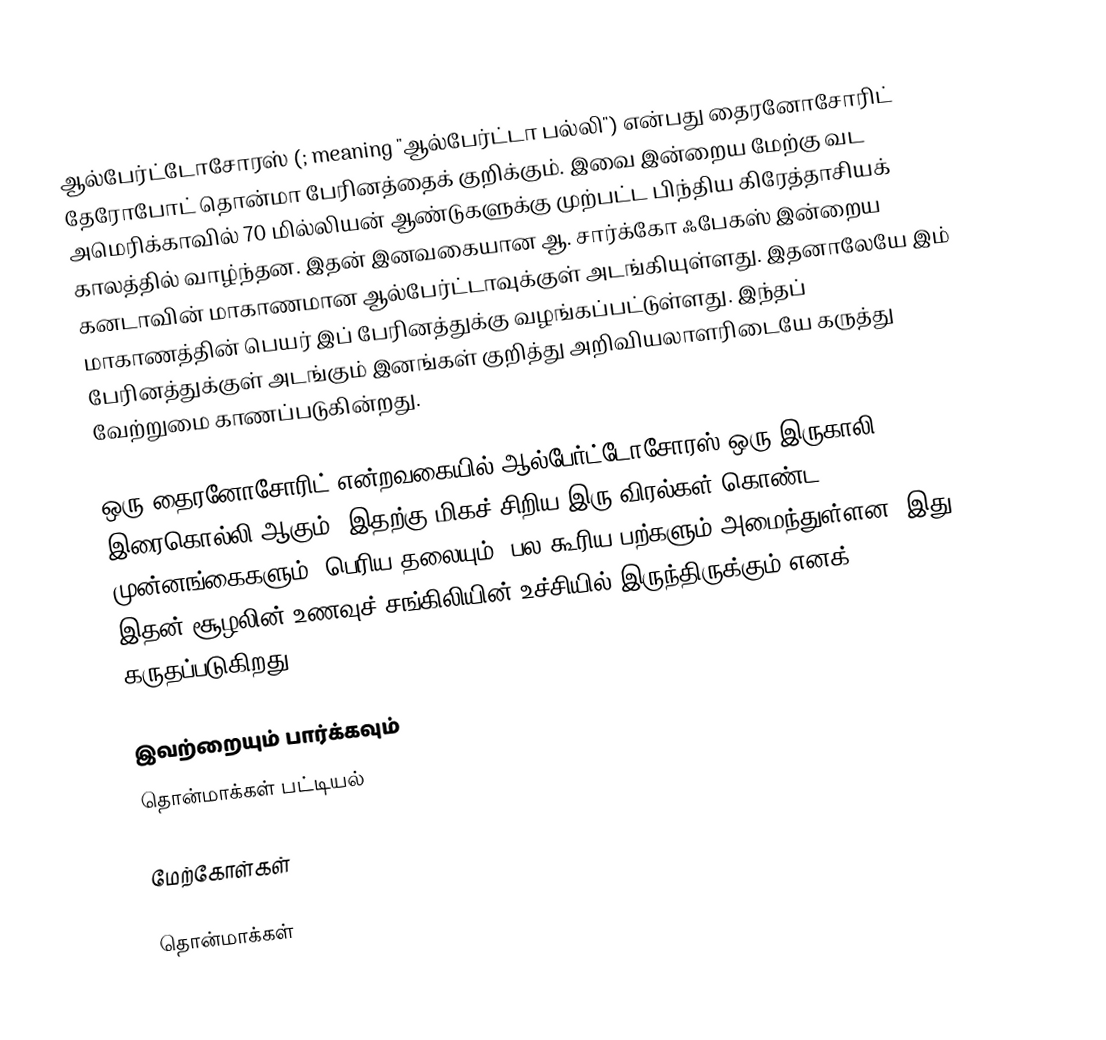
ஆல்பேர்ட்டோசோரஸ் (; meaning "ஆல்பேர்ட்டா பல்லி") என்பது தைரனோசோரிட் தேரோபோட் தொன்மா பேரினத்தைக் குறிக்கும். இவை  இன்றைய மேற்கு வட அமெரிக்காவில் 70 மில்லியன் ஆண்டுகளுக்கு முற்பட்ட பிந்திய கிரேத்தாசியக் காலத்தில் வாழ்ந்தன. இதன் இனவகையான ஆ. சார்க்கோ ஃபேகஸ் இன்றைய கனடாவின் மாகாணமான ஆல்பேர்ட்டாவுக்குள் அடங்கியுள்ளது. இதனாலேயே இம் மாகாணத்தின் பெயர் இப் பேரினத்துக்கு வழங்கப்பட்டுள்ளது. இந்தப் பேரினத்துக்குள் அடங்கும் இனங்கள் குறித்து அறிவியலாளரிடையே கருத்து வேற்றுமை காணப்படுகின்றது.

ஒரு தைரனோசோரிட் என்றவகையில் ஆல்பேர்ட்டோசோரஸ் ஒரு இருகாலி, இரைகொல்லி ஆகும். இதற்கு மிகச் சிறிய இரு விரல்கள் கொண்ட முன்னங்கைகளும், பெரிய தலையும், பல கூரிய பற்களும் அமைந்துள்ளன. இது இதன் சூழலின் உணவுச் சங்கிலியின் உச்சியில் இருந்திருக்கும் எனக் கருதப்படுகிறது.

இவற்றையும் பார்க்கவும்
 தொன்மாக்கள் பட்டியல்

மேற்கோள்கள்

தொன்மாக்கள்